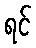
ရင်